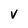
Character: V